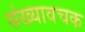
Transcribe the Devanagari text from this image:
संख्यावचक